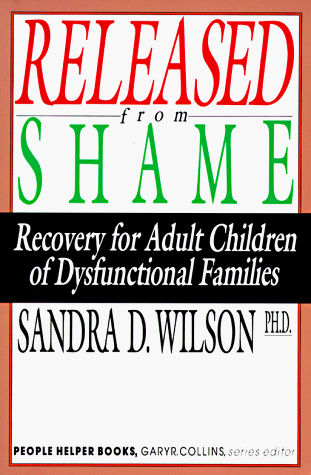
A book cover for Released from Shame: Recovery for Adult Children of Dysfunctional Families (People Helper Books); Sandra D. Wilson; Parenting & Relationships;